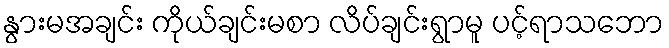
နွားမအချင်း ကိုယ်ချင်းမစာ လိပ်ချင်းရွာမူ ပင့်ရာသဘော